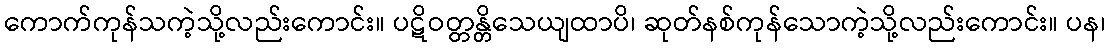
ကောက်ကုန်သကဲ့သို့လည်းကောင်း။ ပဋိဝတ္တန္တိသေယျထာပိ၊ ဆုတ်နစ်ကုန်သောကဲ့သို့လည်းကောင်း။ ပန၊